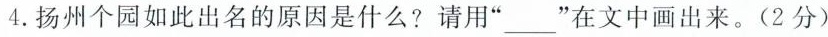
4.扬州个园如此出名的原因是什么?请用”___”在文中画出来。(2分)